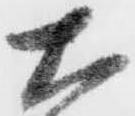
ち